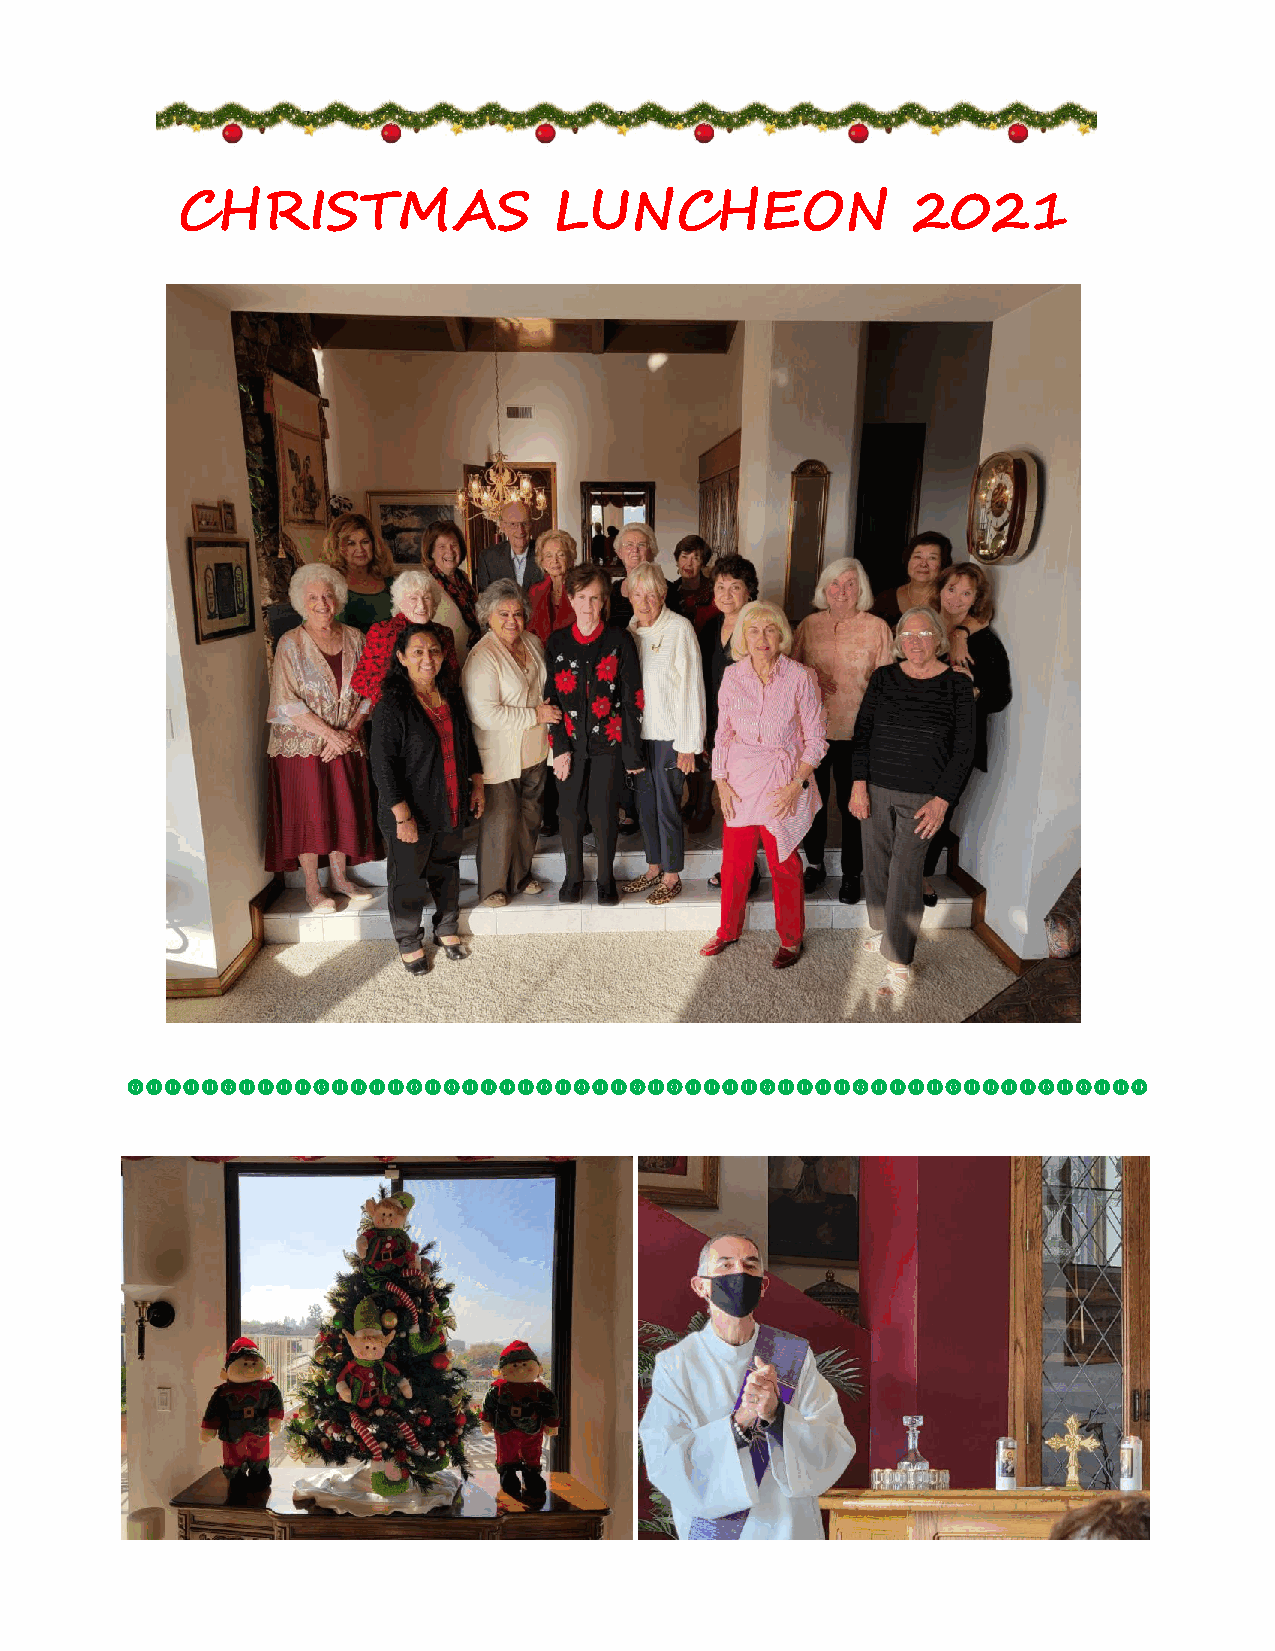
CHRISTMAS                LUNCHEON               2021
 
 